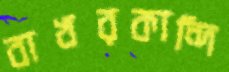
বাখরকান্দি